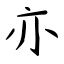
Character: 亦